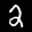
Label: 2